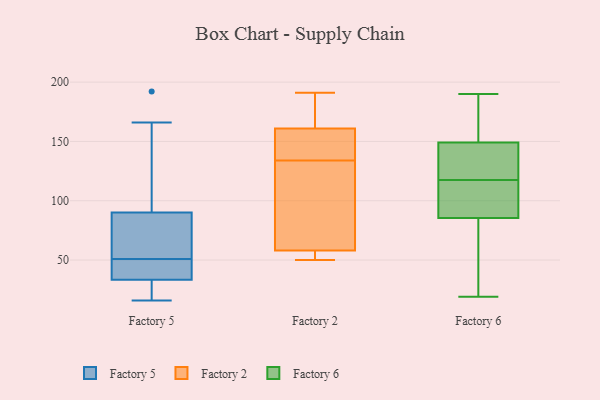
{"axis": {"x": "Gross Profit (USD K)", "y": "Value"}, "legend": ["Factory 2", "Factory 5", "Factory 6"], "data": [{"x": "", "y": 36, "type": "Factory 5"}, {"x": "", "y": 166, "type": "Factory 5"}, {"x": "", "y": 50, "type": "Factory 5"}, {"x": "", "y": 77, "type": "Factory 5"}, {"x": "", "y": 65, "type": "Factory 5"}, {"x": "", "y": 30, "type": "Factory 5"}, {"x": "", "y": 20, "type": "Factory 5"}, {"x": "", "y": 101, "type": "Factory 5"}, {"x": "", "y": 112, "type": "Factory 5"}, {"x": "", "y": 49, "type": "Factory 5"}, {"x": "", "y": 192, "type": "Factory 5"}, {"x": "", "y": 79, "type": "Factory 5"}, {"x": "", "y": 52, "type": "Factory 5"}, {"x": "", "y": 31, "type": "Factory 5"}, {"x": "", "y": 50, "type": "Factory 5"}, {"x": "", "y": 16, "type": "Factory 5"}, {"x": "", "y": 53, "type": "Factory 2"}, {"x": "", "y": 79, "type": "Factory 2"}, {"x": "", "y": 162, "type": "Factory 2"}, {"x": "", "y": 191, "type": "Factory 2"}, {"x": "", "y": 142, "type": "Factory 2"}, {"x": "", "y": 98, "type": "Factory 2"}, {"x": "", "y": 51, "type": "Factory 2"}, {"x": "", "y": 180, "type": "Factory 2"}, {"x": "", "y": 134, "type": "Factory 2"}, {"x": "", "y": 168, "type": "Factory 2"}, {"x": "", "y": 150, "type": "Factory 2"}, {"x": "", "y": 73, "type": "Factory 2"}, {"x": "", "y": 52, "type": "Factory 2"}, {"x": "", "y": 50, "type": "Factory 2"}, {"x": "", "y": 158, "type": "Factory 2"}, {"x": "", "y": 175, "type": "Factory 6"}, {"x": "", "y": 55, "type": "Factory 6"}, {"x": "", "y": 101, "type": "Factory 6"}, {"x": "", "y": 99, "type": "Factory 6"}, {"x": "", "y": 63, "type": "Factory 6"}, {"x": "", "y": 164, "type": "Factory 6"}, {"x": "", "y": 169, "type": "Factory 6"}, {"x": "", "y": 41, "type": "Factory 6"}, {"x": "", "y": 116, "type": "Factory 6"}, {"x": "", "y": 134, "type": "Factory 6"}, {"x": "", "y": 119, "type": "Factory 6"}, {"x": "", "y": 91, "type": "Factory 6"}, {"x": "", "y": 125, "type": "Factory 6"}, {"x": "", "y": 19, "type": "Factory 6"}, {"x": "", "y": 190, "type": "Factory 6"}, {"x": "", "y": 123, "type": "Factory 6"}, {"x": "", "y": 113, "type": "Factory 6"}, {"x": "", "y": 80, "type": "Factory 6"}, {"x": "", "y": 190, "type": "Factory 6"}, {"x": "", "y": 123, "type": "Factory 6"}]}